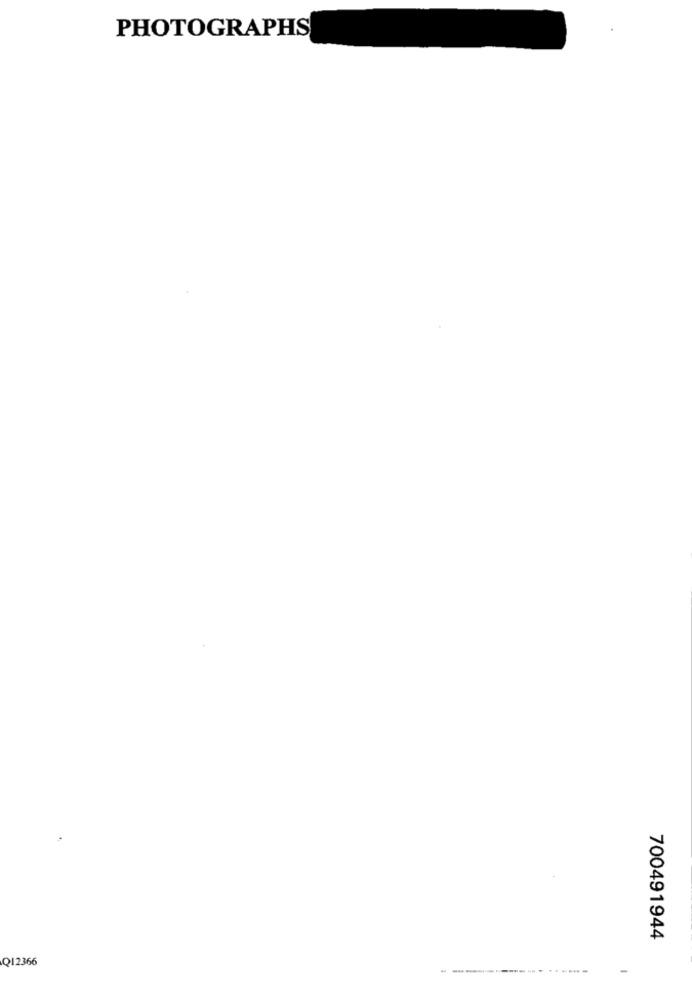
PHOTOGRAPHS
700491944
Q12366
-